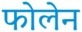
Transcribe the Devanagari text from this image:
फोलेन